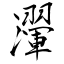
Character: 瀈